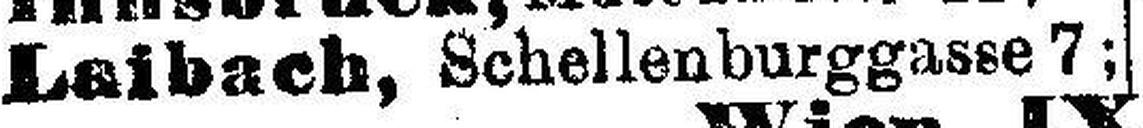
Laibach, Schellenburggasse 7;